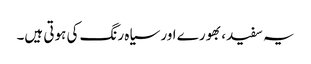
یہ سفید، بھورے اور سیاہ رنگ کی ہوتی ہیں۔